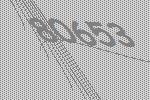
80653